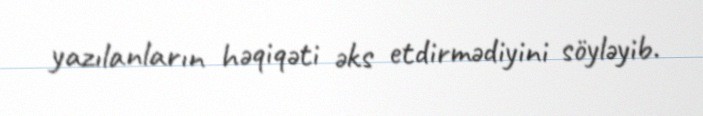
yazılanların həqiqəti əks etdirmədiyini söyləyib.